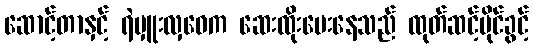
ဆောင့်တာနှင့် ရဲမှူးလှဝေက ဆေးထိုးပေးနေသည် ထုတ်ဆင့်ပိုင်ခွင့်